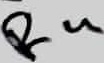
Text: R4